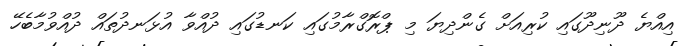
އިއްޔެ ދޫނިދޫގައި ކުރިއަށް ގެންދިޔަ މި ޕްރޮގްރާމުގައި ކަނޑުގައި ދުއްވާ އުޅަނދުތައް ދުއްވުމާބެހޭ